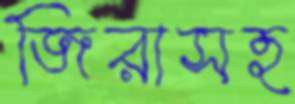
জিরাসহ